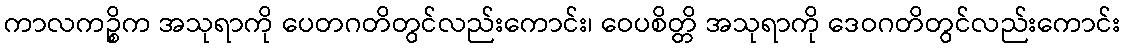
ကာလကဉ္စိက အသုရာကို ပေတဂတိတွင်လည်းကောင်း၊ ဝေပစိတ္တိ အသုရာကို ဒေဝဂတိတွင်လည်းကောင်း